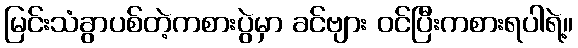
မြင်းသံခွာပစ်တဲ့ကစားပွဲမှာ ခင်ဗျား ဝင်ပြီးကစားရပါရဲ့။